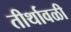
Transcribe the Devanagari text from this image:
तीर्थावळी